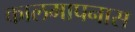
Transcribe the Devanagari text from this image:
कालमापनास